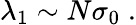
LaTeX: \lambda_{1}\sim N\sigma_{0}\; .